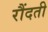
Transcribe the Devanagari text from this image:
रौंदती